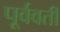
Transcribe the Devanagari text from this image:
पूर्ववर्तीं